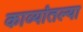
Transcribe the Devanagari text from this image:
काव्यांतल्या